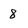
Character: 8